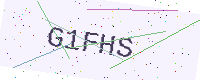
Text: G1FHS